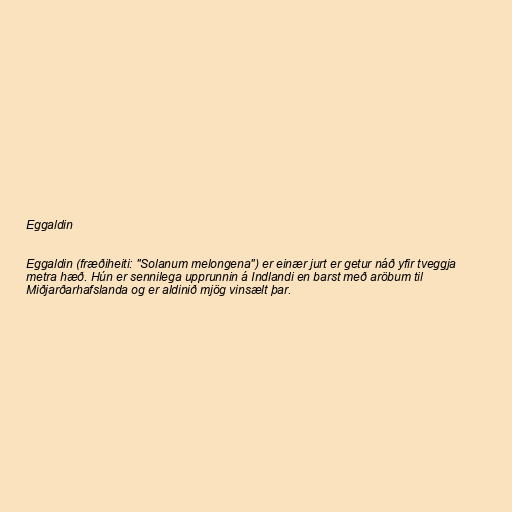
Eggaldin

Eggaldin (fræðiheiti: "Solanum melongena") er einær jurt er getur náð yfir tveggja
metra hæð. Hún er sennilega upprunnin á Indlandi en barst með aröbum til
Miðjarðarhafslanda og er aldinið mjög vinsælt þar.